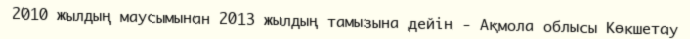
2010 жылдың маусымынан 2013 жылдың тамызына дейін - Ақмола облысы Көкшетау